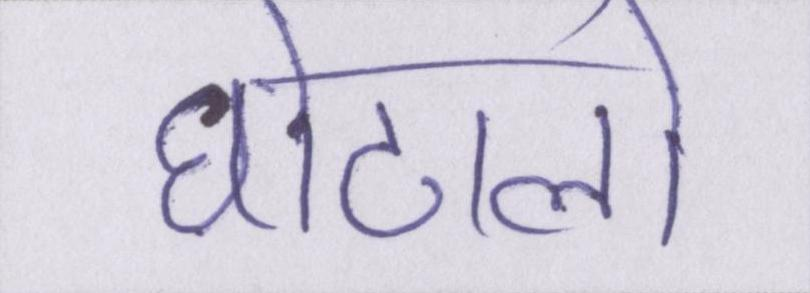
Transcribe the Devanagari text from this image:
घोटालो